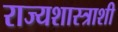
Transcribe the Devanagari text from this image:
राज्यशास्त्राशी